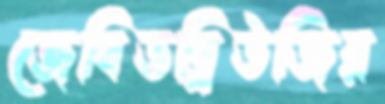
জেবিডব্লিউজির